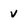
Character: v